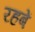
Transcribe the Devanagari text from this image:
रहबें